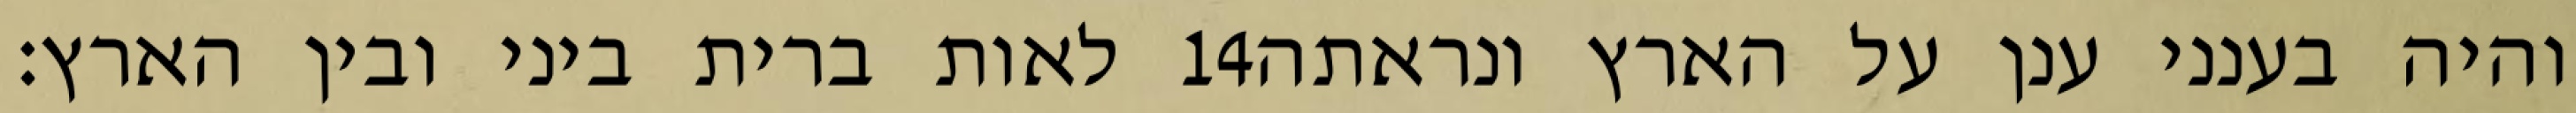
לאות ברית ביני ובין הארץ׃ ‎14‏ והיה בענני ענן על הארץ ונראתה